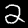
Digit: 2